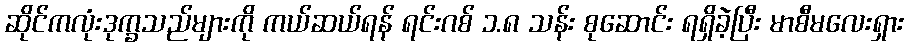
ဆိုင်ကလုံးဒုက္ခသည်များကို ကယ်ဆယ်ရန် ရင်းဂစ် ၁.၈ သန်း စုဆောင်း ရရှိခဲ့ပြီး မာစီမလေးရှား